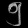
Digit: ၅